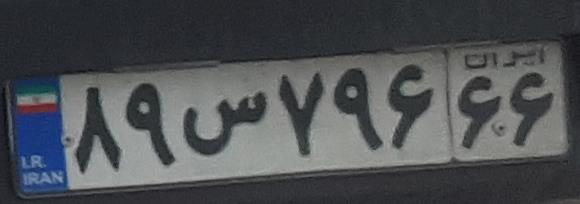
۹۸س۷۹۶۶۶